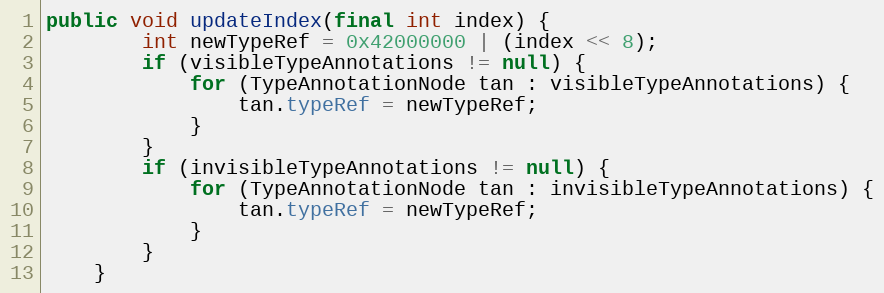
Language: Java
public void updateIndex(final int index) {
        int newTypeRef = 0x42000000 | (index << 8);
        if (visibleTypeAnnotations != null) {
            for (TypeAnnotationNode tan : visibleTypeAnnotations) {
                tan.typeRef = newTypeRef;
            }
        }
        if (invisibleTypeAnnotations != null) {
            for (TypeAnnotationNode tan : invisibleTypeAnnotations) {
                tan.typeRef = newTypeRef;
            }
        }
    }